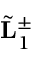
\tilde { \bf L } _ { 1 } ^ { \pm }